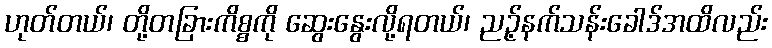
ဟုတ်တယ်၊ တို့တခြားကိစ္စကို ဆွေးနွေးလို့ရတယ်၊ ညဉ့်နက်သန်းခေါဒ်အထိလည်း